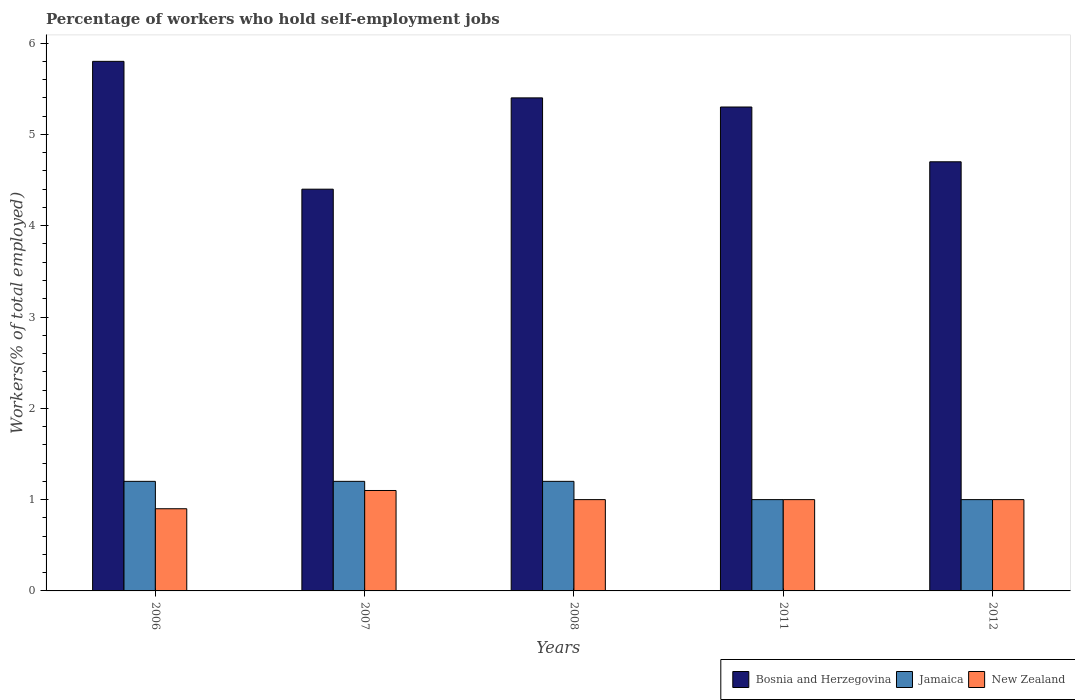
| Years | Bosnia and Herzegovina | Jamaica | New Zealand |
 | --- | --- | --- | --- |
 | 2006 | 5.8 | 1.2 | 0.9 |
 | 2007 | 4.4 | 1.2 | 1.1 |
 | 2008 | 5.4 | 1.2 | 1 |
 | 2011 | 5.3 | 1 | 1 |
 | 2012 | 4.7 | 1 | 1 |